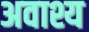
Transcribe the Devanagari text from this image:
अवाश्य